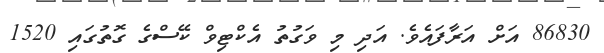
86830 އަށް އަރާފައެވެ. އަދި މި ވަގުތު އެކްޓިވް ކޭސްގެ ގޮތުގައި 1520